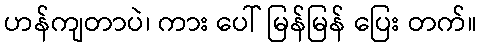
ဟန်ကျတာပဲ၊ ကား ပေါ် မြန်မြန် ပြေး တက်။